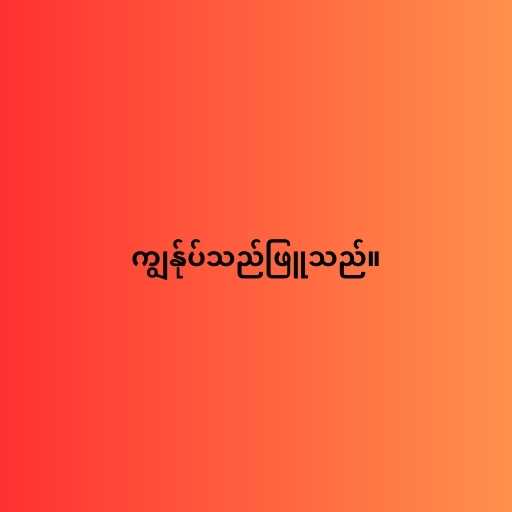
ကျွန်ုပ်သည်ဖြူသည်။